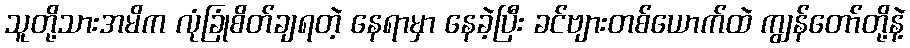
သူတို့သားအမိက လုံခြုံစိတ်ချရတဲ့ နေရာမှာ နေခဲ့ပြီး ခင်ဗျားတစ်ယောက်ထဲ ကျွန်တော်တို့နဲ့